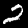
Digit: 2